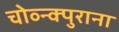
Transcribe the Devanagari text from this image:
चोव्न्क्पुराना